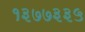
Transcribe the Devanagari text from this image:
१३७७३३५